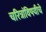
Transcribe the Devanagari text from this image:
चरित्रांविषयीचे